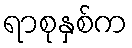
ရာစုနှစ်က